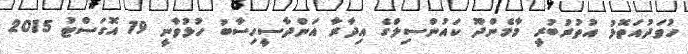
ހުވަދުއަތޮޅު އުތުރުބުރީ މާމެންދޫ ކައުންސިލްގެ އިދާރާ އަންދާސީހިސާބު ހުޅުވާނީ 19 އޮގަސްޓު 2015